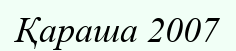
Қараша 2007